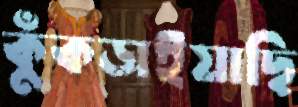
কুঁকড়াইয়াছি